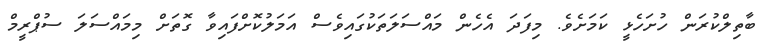
ބާތިލްކުރަން ހުށަހެޅީ ކަމަށެވެ. މިފަދަ އެހެން މައްސަލަތަކުގައިވެސް އަމަލުކޮށްފައިވާ ގޮތަށް މިމައްސަލަ ސުޕްރީމް